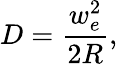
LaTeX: D=\frac{w_{e}^{2}}{2R},